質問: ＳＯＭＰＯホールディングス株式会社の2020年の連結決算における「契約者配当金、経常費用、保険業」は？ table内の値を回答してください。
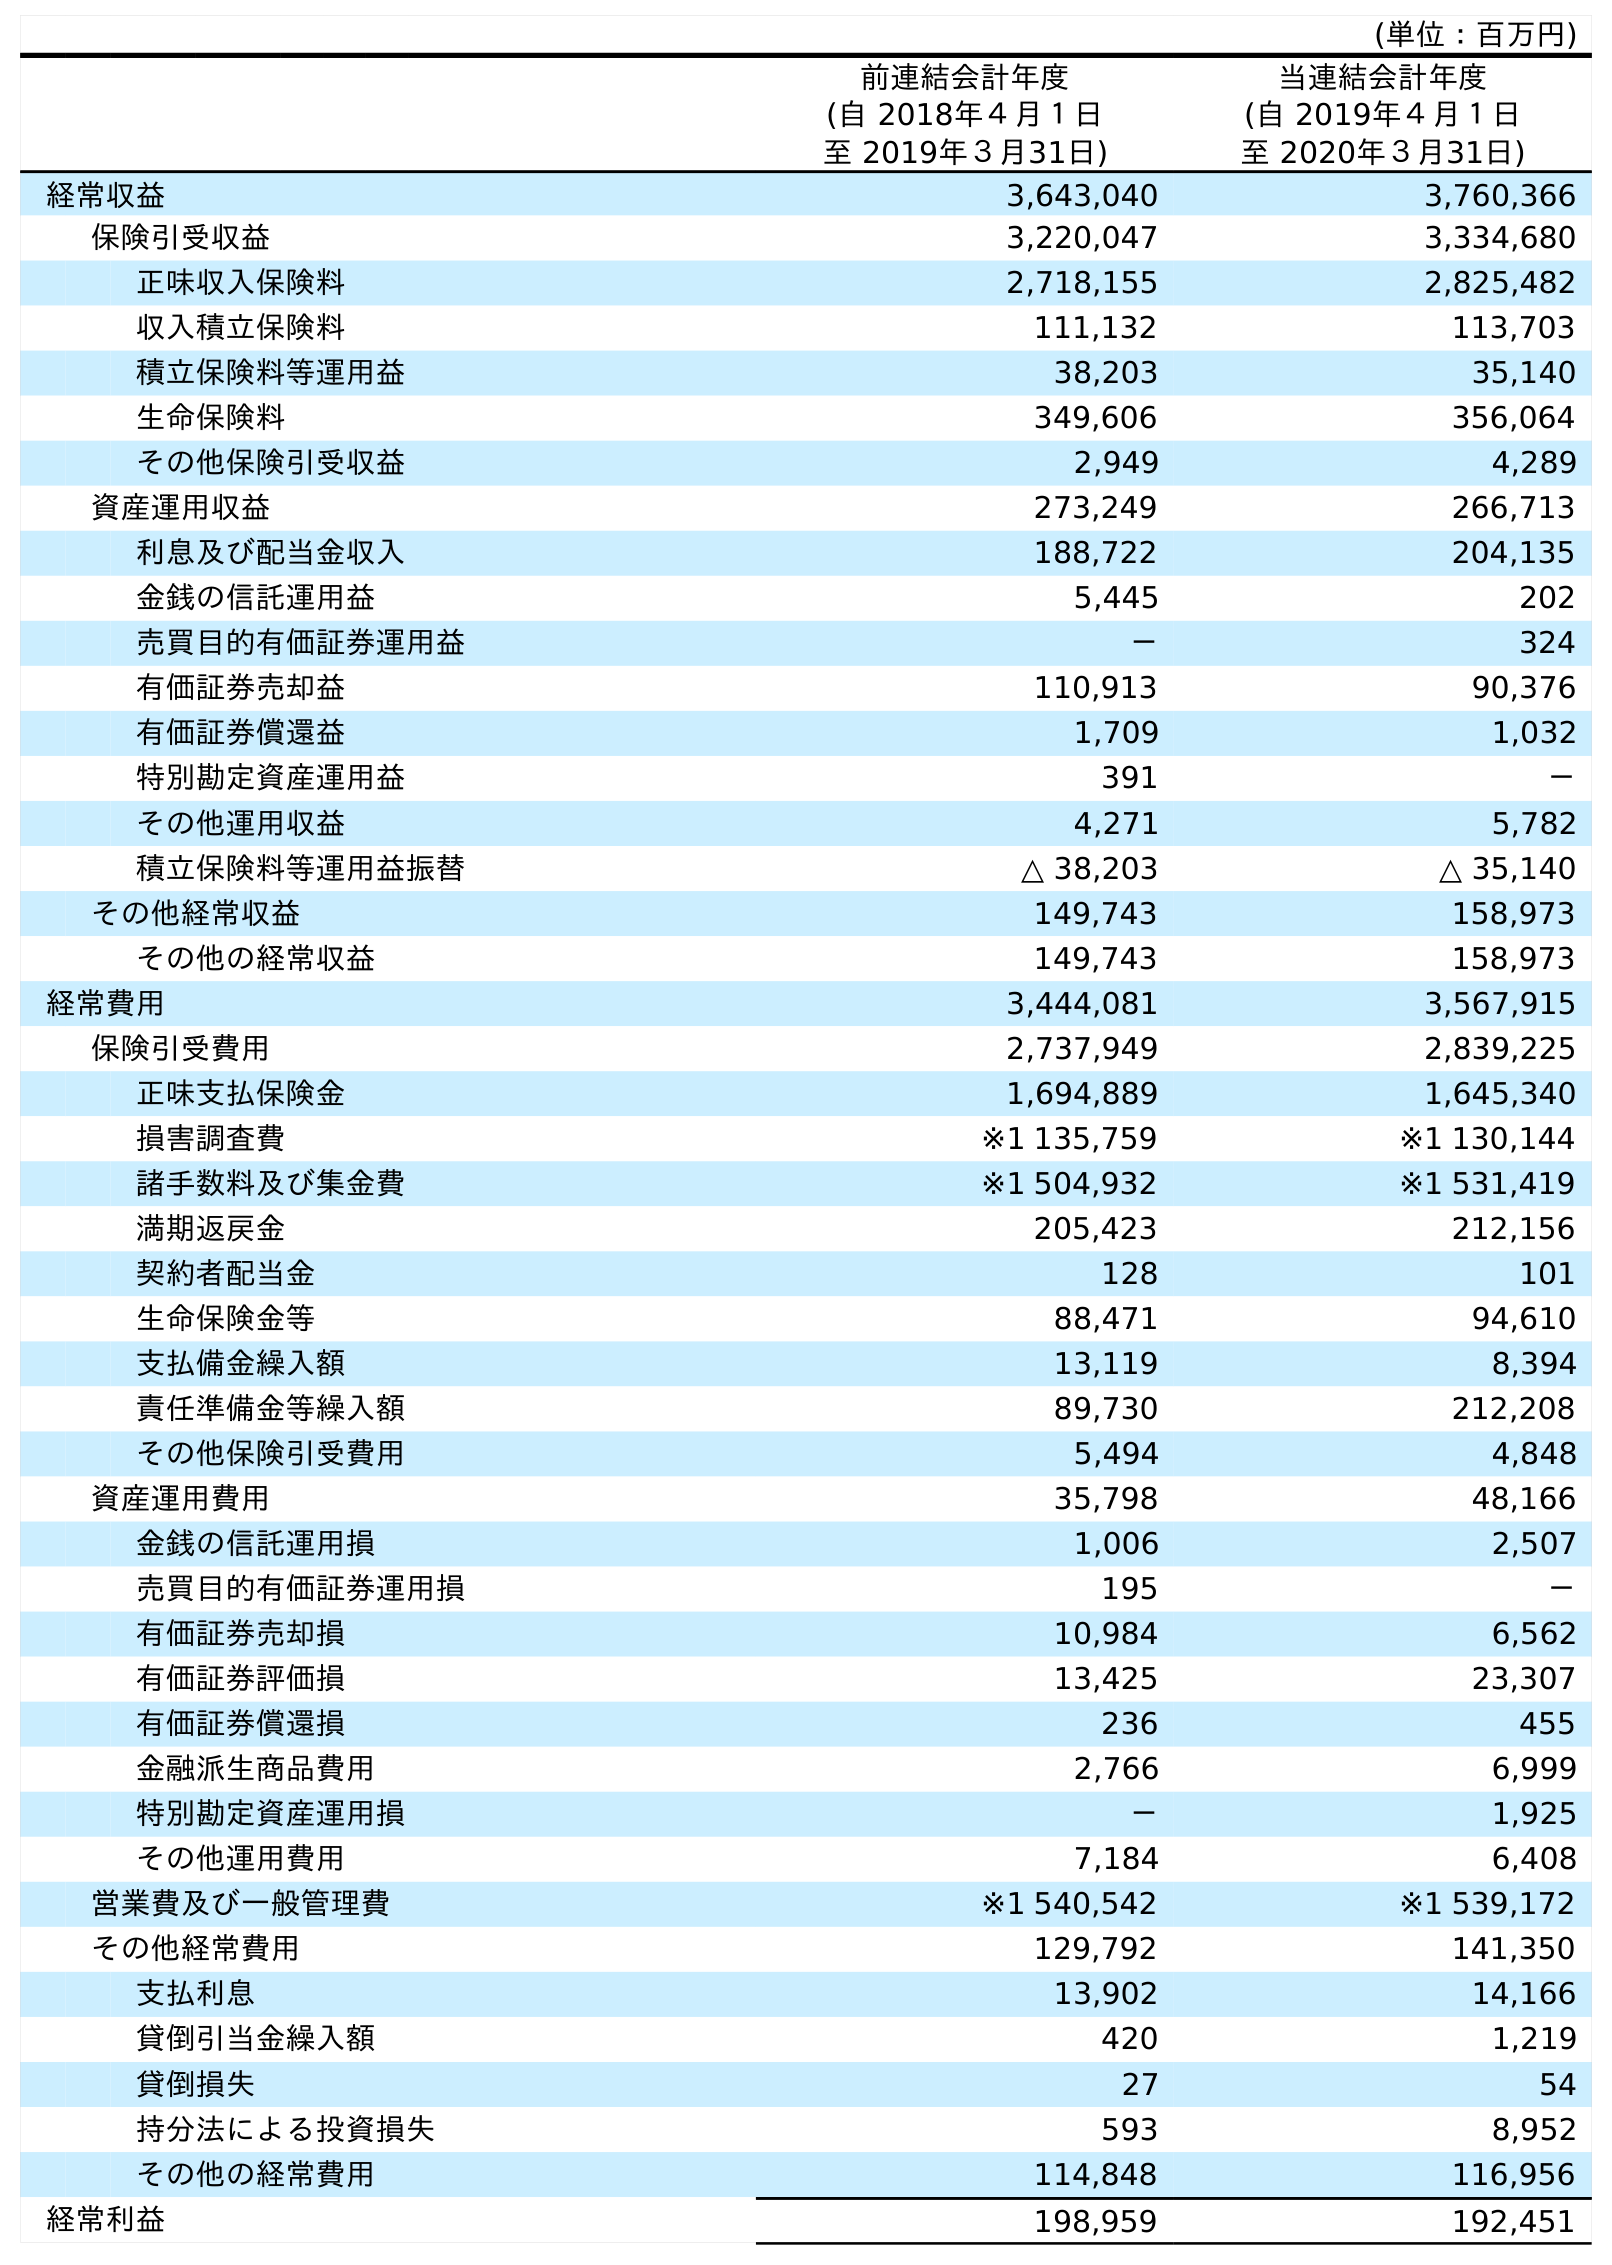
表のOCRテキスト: (単位：百万円) 前連結会計年度 (自 2018年４月１日 至 2019年３月31日) 当連結会計年度 (自 2019年４月１日 至 2020年３月31日) 経常収益 3,643,040 3,760,366 保険引受収益 3,220,047 3,334,680 正味収入保険料 2,718,155 2,825,482 収入積立保険料 111,132 113,703 積立保険料等運用益 38,203 35,140 生命保険料 349,606 356,064 その他保険引受収益 2,949 4,289 資産運用収益 273,249 266,713 利息及び配当金収入 188,722 204,135 金銭の信託運用益 5,445 202 売買目的有価証券運用益 － 324 有価証券売却益 110,913 90,376 有価証券償還益 1,709 1,032 特別勘定資産運用益 391 － その他運用収益 4,271 5,782 積立保険料等運用益振替 △ 38,203 △ 35,140 その他経常収益 149,743 158,973 その他の経常収益 149,743 158,973 経常費用 3,444,081 3,567,915 保険引受費用 2,737,949 2,839,225 正味支払保険金 1,694,889 1,645,340 損害調査費 ※1 135,759 ※1 130,144 諸手数料及び集金費 ※1 504,932 ※1 531,419 満期返戻金 205,423 212,156 契約者配当金 128 101 生命保険金等 88,471 94,610 支払備金繰入額 13,119 8,394 責任準備金等繰入額 89,730 212,208 その他保険引受費用 5,494 4,848 資産運用費用 35,798 48,166 金銭の信託運用損 1,006 2,507 売買目的有価証券運用損 195 － 有価証券売却損 10,984 6,562 有価証券評価損 13,425 23,307 有価証券償還損 236 455 金融派生商品費用 2,766 6,999 特別勘定資産運用損 － 1,925 その他運用費用 7,184 6,408 営業費及び一般管理費 ※1 540,542 ※1 539,172 その他経常費用 129,792 141,350 支払利息 13,902 14,166 貸倒引当金繰入額 420 1,219 貸倒損失 27 54 持分法による投資損失 593 8,952 その他の経常費用 114,848 116,956 経常利益 198,959 192,451
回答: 101